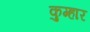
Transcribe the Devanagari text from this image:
कुम्‍हार